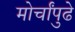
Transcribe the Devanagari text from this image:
मोर्चांपुढे